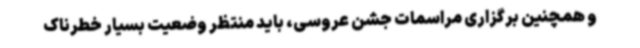
و همچنین برگزاری مراسمات جشن عروسی، باید منتظر وضعیت بسیار خطرناک